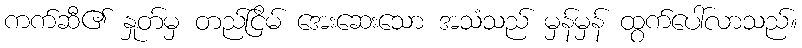
ကက်ဆီ၏ နှုတ်မှ တည်ငြိမ် အေးဆေးသော အသံသည် မှန်မှန် ထွက်ပေါ်လာသည်။